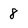
Character: 8